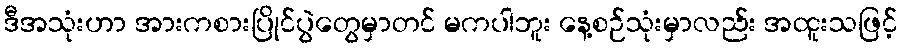
ဒီအသုံးဟာ အားကစားပြိုင်ပွဲတွေမှာတင် မကပါဘူး နေ့စဉ်သုံးမှာလည်း အထူးသဖြင့်